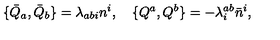
\{ \bar { Q } _ { a } , \bar { Q } _ { b } \} = \lambda _ { a b i } n ^ { i } , \quad \{ Q ^ { a } , Q ^ { b } \} = - \lambda _ { i } ^ { a b } \bar { n } ^ { i } ,